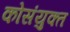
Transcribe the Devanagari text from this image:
कोसंयुक्त